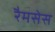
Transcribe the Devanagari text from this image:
रैमसेस